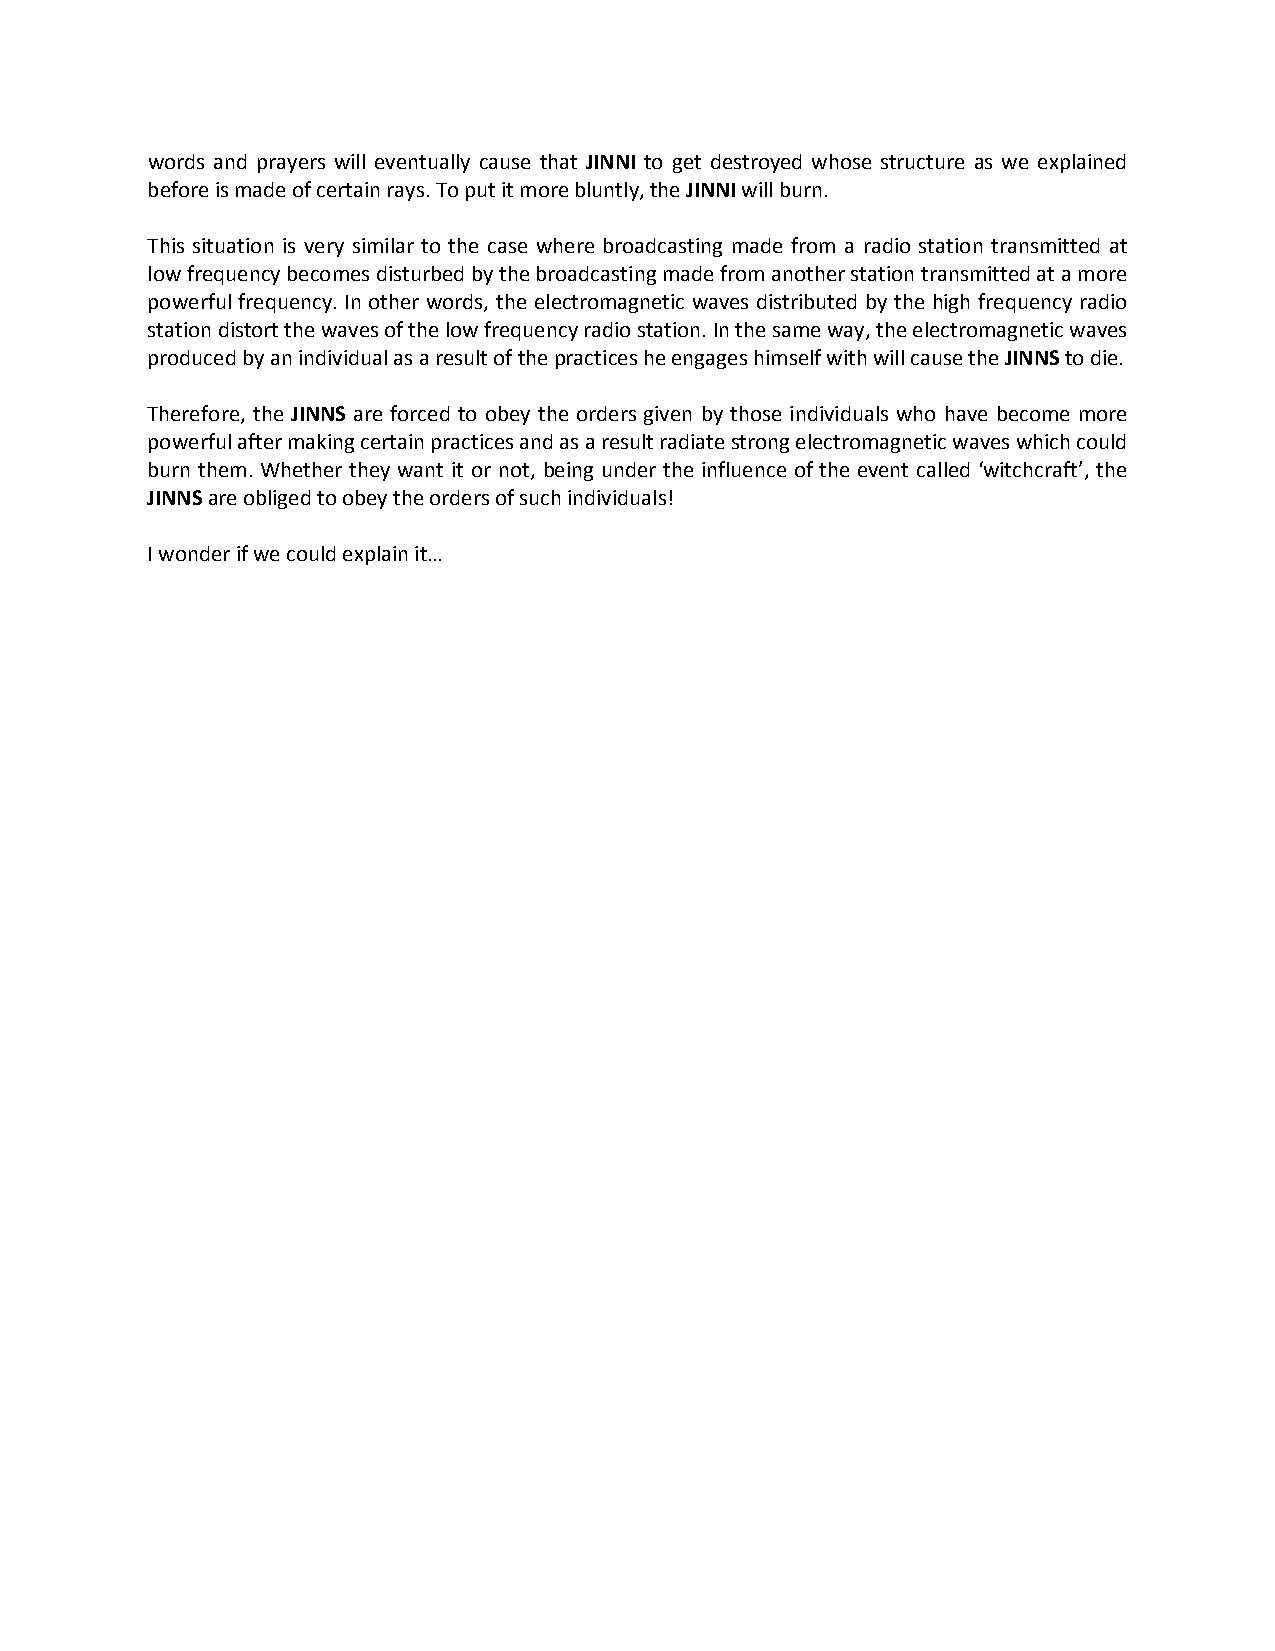
words and prayers will eventually cause that JINNI to get destroyed whose structure as we explained
 before is made of certain rays. To put it more bluntly, the JINNI will burn.
 This situation is very similar to the case where broadcasting made from a radio station transmitted at
 low frequency becomes disturbed by the broadcasting made from another station transmitted at a more
 powerful frequency. In other words, the electromagnetic waves distributed by the high frequency radio
 station distort the waves of the low frequency radio station. In the same way, the electromagnetic waves
 produced by an individual as a result of the practices he engages himself with will cause the JINNS to die.
 Therefore, the JINNS are forced to obey the orders given by those individuals who have become more
 powerful after making certain practices and as a result radiate strong electromagnetic waves which could
 burn them. Whether they want it or not, being under the influence of the event called ‘witchcraft’, the
 JINNS are obliged to obey the orders of such individuals!
 I wonder if we could explain it…